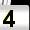
Digit: 4